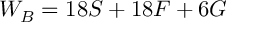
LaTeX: W _ { B } = 1 8 { \cal { S } } + 1 8 { \cal { F } } + 6 { \cal { G } }